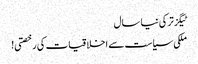
ٹیگزترکی نیا سال
ملکی سیاست سے اخلاقیات کی رخصتی!